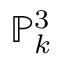
\mathbb { P } _ { k } ^ { 3 }